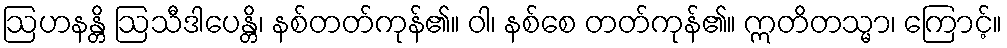
ဩဟနန္တိ ဩသီဒါပေန္တိ၊ နစ်တတ်ကုန်၏။ ဝါ၊ နစ်စေ တတ်ကုန်၏။ ဣတိတသ္မာ၊ ကြောင့်။